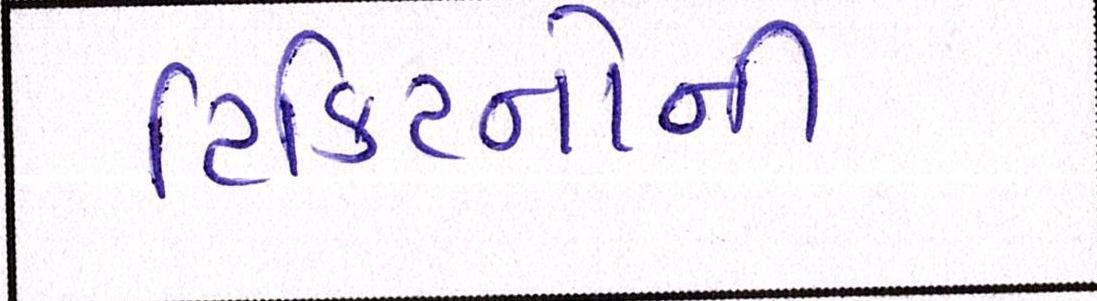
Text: ટિકિટનોની